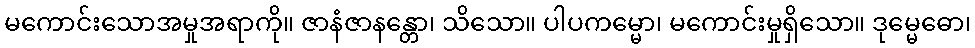
မကောင်းသောအမှုအရာကို။ ဇာနံဇာနန္တော၊ သိသော။ ပါပကမ္မော၊ မကောင်းမှုရှိသော။ ဒုမ္မေဓော၊